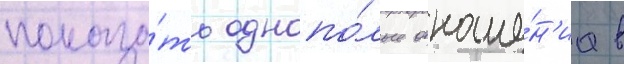
показа́ть однопо́лые отноше́н'иа в